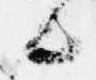
候